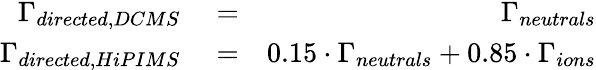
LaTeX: \begin{array}{rlr}{\Gamma_{directed,DCMS}}&{{}=}&{\Gamma_{neutrals}}\\ {\Gamma_{directed,HiPIMS}}&{{}=}&{0.15\cdot\Gamma_{neutrals}+0.85\cdot\Gamma_{ions}}\end{array}